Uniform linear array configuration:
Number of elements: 16
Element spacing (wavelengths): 0.5
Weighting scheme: uniform
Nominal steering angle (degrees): -45
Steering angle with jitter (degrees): -46.148
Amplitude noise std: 0.05
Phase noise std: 0.05

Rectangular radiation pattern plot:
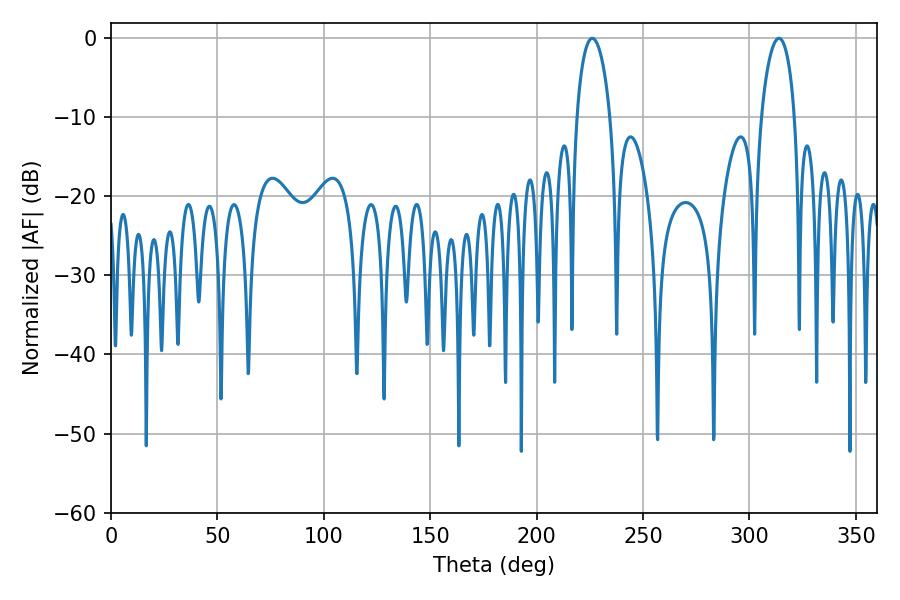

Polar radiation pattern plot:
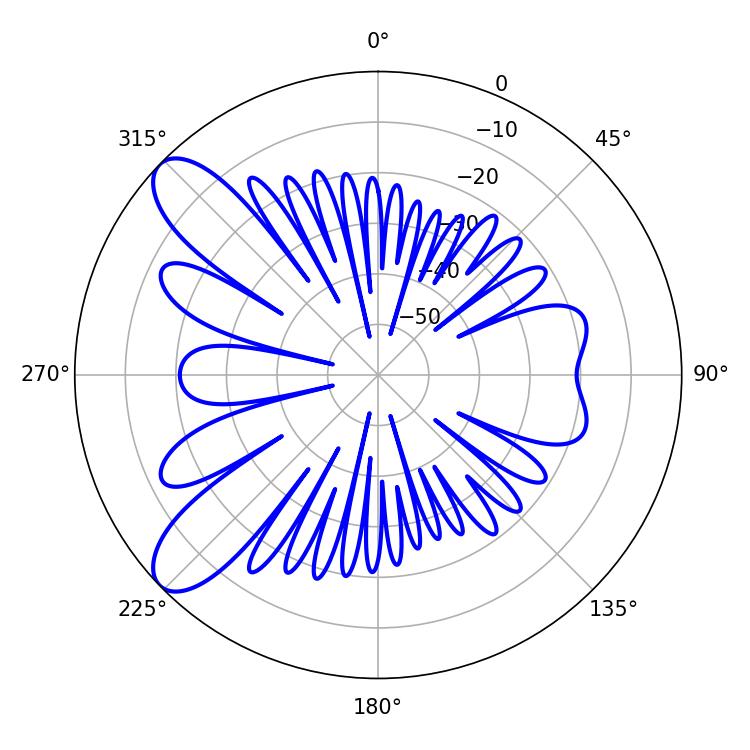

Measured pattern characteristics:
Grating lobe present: FALSE
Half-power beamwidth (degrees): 9
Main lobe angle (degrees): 226.08